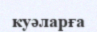
куәларға